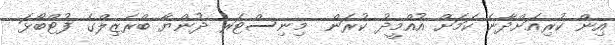
އިން ކުރިއަށްދާނެ ކަމަށް އުއްމީދު ކުރަން  މިނިސްޓަރ ދުންޔާ ބްރެޒިލްގެ ފުޓްބޯޅަ